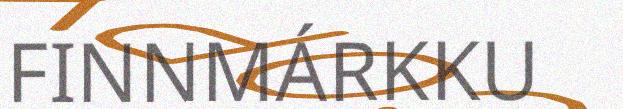
FINNMÁRKKU